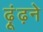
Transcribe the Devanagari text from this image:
ढ़ूंढ़ने